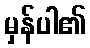
မှန်ပါ၏